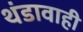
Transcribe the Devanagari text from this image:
थंडावाही